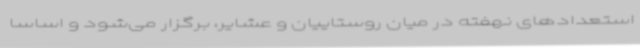
استعدادهای نهفته در میان روستاییان و عشایر، برگزار می‌شود و اساسا